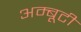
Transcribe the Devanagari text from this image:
अम्बूटी